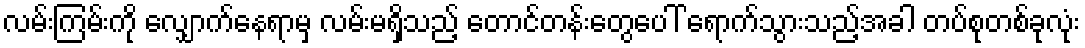
လမ်းကြမ်းကို လျှောက်နေရာမှ လမ်းမရှိသည့် တောင်တန်းတွေပေါ် ရောက်သွားသည့်အခါ တပ်စုတစ်ခုလုံး